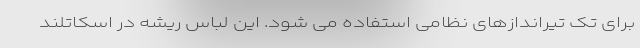
برای تک تیراندازهای نظامی استفاده می شود. این لباس ریشه در اسکاتلند